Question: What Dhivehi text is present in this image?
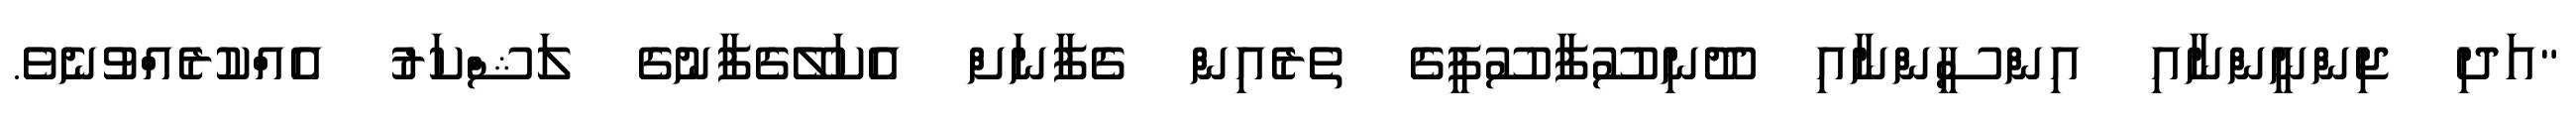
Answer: "އަދި ޖިންނީންނާއި އިންސީންނާއި ދޫނިސޫފާސޫފީގެ ތެރެއިން ގެފާނަށް އެކަލޭގެފާނުގެ ލަޝްކަރު އެއްކުރެއްވުނެވެ.